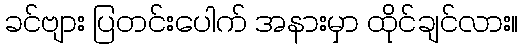
ခင်ဗျား ပြတင်းပေါက် အနားမှာ ထိုင်ချင်လား။